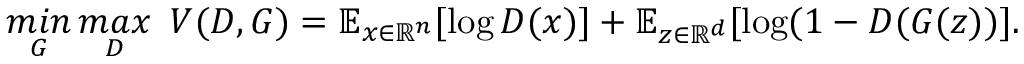
\mathop { m i n } _ { G } \mathop { m a x } _ { D } ~ V ( D , G ) = \mathbb { E } _ { x \in \mathbb { R } ^ { n } } [ \log D ( x ) ] + \mathbb { E } _ { z \in \mathbb { R } ^ { d } } [ \log ( 1 - D ( G ( z ) ) ] .